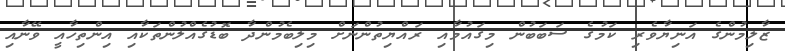
ޒާލިމުންގެ އަނިޔާވެރި ކަމުގެ ސަބަބުން މިގައުމާއި ރައްޔިތުންނަށް މިލިބެމުންދާ ބޮޑުގެއްލުންތަކާއި އިންތިހާއީ ވޭނާއި